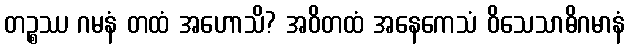
တဉ္စဿ ဂမနံ တထံ အဟောသိ? အဝိတထံ အနေကေသံ ဝိသေသာဓိဂမာနံ